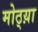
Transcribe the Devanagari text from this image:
मोठ्य़ा